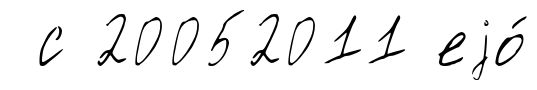
с 20052011 еjо́